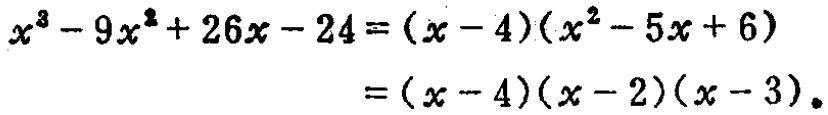
\[
\begin{align*}
x^{3}-9x^{2}+26x - 24&=(x - 4)(x^{2}-5x + 6)\\
&=(x - 4)(x - 2)(x - 3).
\end{align*}
\]